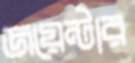
জয়েন্টার